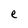
Character: e